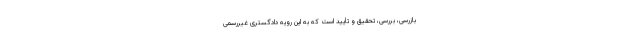
بازرسی، بررسی، تحقیق و تأیید است که به این رویه دادگستری غیررسمی